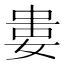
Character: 𡝤